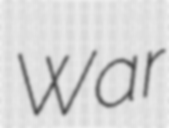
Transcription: War